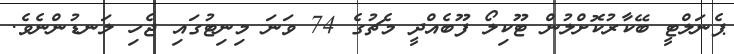
ޕެނަލްޓީ ބޭކާރުކޮށްލުން ޓޫކިލޯ ފޫބެއްދީ މެޗުގެ 74 ވަނަ މިނިޓުގައި ޖެހި ލަނޑުންނެވެ.